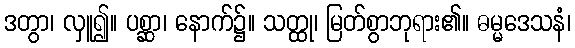
ဒတွာ၊ လှူ၍။ ပစ္ဆာ၊ နောက်၌။ သတ္ထု၊ မြတ်စွာဘုရား၏။ ဓမ္မဒေသနံ၊